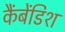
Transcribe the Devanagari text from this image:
कैंबेंडिश